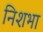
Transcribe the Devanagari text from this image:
निशभा